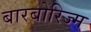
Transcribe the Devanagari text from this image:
बारबोरिज्म